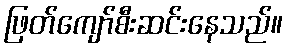
ဖြတ်ကျော်စီးဆင်းနေသည်။